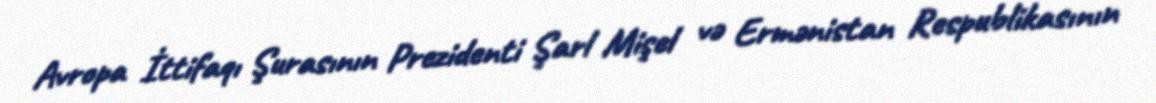
Avropa İttifaqı Şurasının Prezidenti Şarl Mişel və Ermənistan Respublikasının